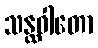
သန္ထဝါတော